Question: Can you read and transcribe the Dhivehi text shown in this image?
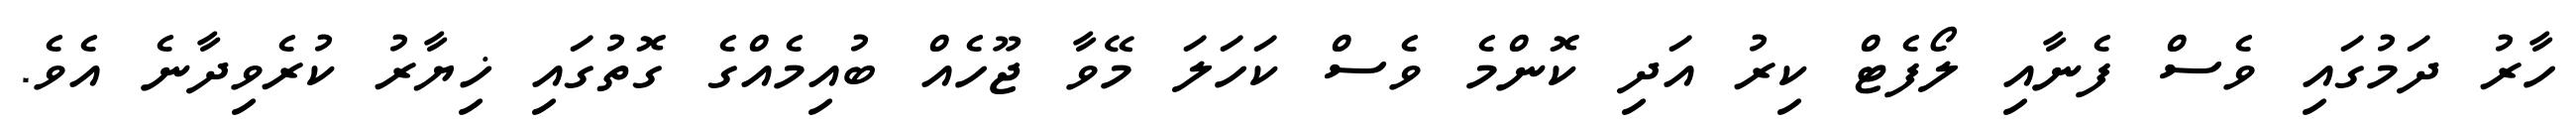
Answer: ހާރު ދަމުގައި ވެސް ފެނާއި ލޯފެޓް ކިރު އަދި ކޮންމެ ވެސް ކަހަލަ މޭވާ ޖޫހެއް ބުއިމެއްގެ ގޮތުގައި ޚިޔާރު ކުރެވިދާނެ އެވެ.